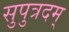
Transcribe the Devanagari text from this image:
सुपुत्रदम्